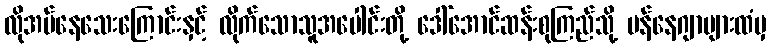
လိုအပ်နေသေးကြောင်းနှင့် လိုက်သောသူအပေါင်းတို့ ဒေါ်အောင်ဆန်းစုကြည်သို့ မန်နေဂျာများထံမှ